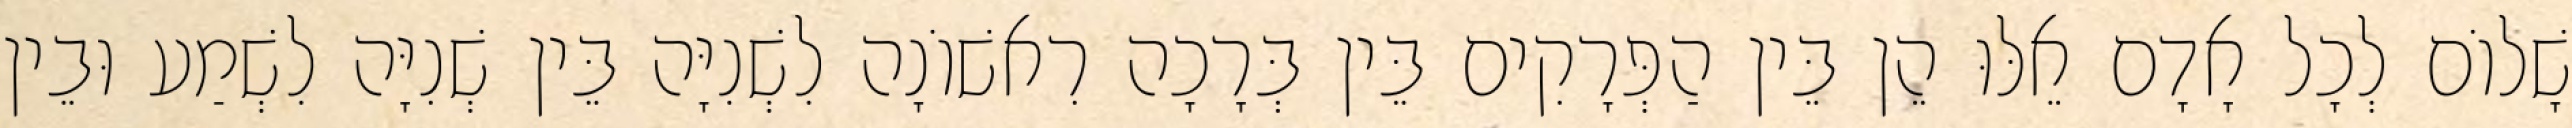
שָׁלוֹם לְכָל אָדָם אֵלּוּ הֵן בֵּין הַפְּרָקִים בֵּין בְּרָכָה רִאשׁוֹנָה לִשְׁנִיָּה בֵּין שְׁנִיָּה לִשְׁמַע וּבֵין